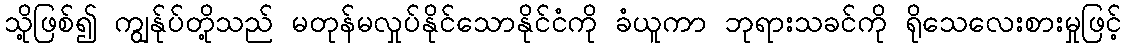
သို့ဖြစ်၍ ကျွန်ုပ်တို့သည် မတုန်မလှုပ်နိုင်သောနိုင်ငံကို ခံယူကာ ဘုရားသခင်ကို ရိုသေလေးစားမှုဖြင့်